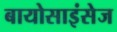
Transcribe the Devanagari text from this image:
बायोसाइंसेज